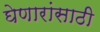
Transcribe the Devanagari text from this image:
घेणारांसाठी